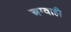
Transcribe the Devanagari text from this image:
अग्वाही